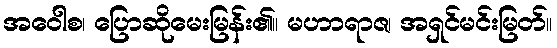
အဝေါစ၊ ပြောဆိုမေးမြန်း၏။ မဟာရာဇ၊ အရှင်မင်းမြတ်။